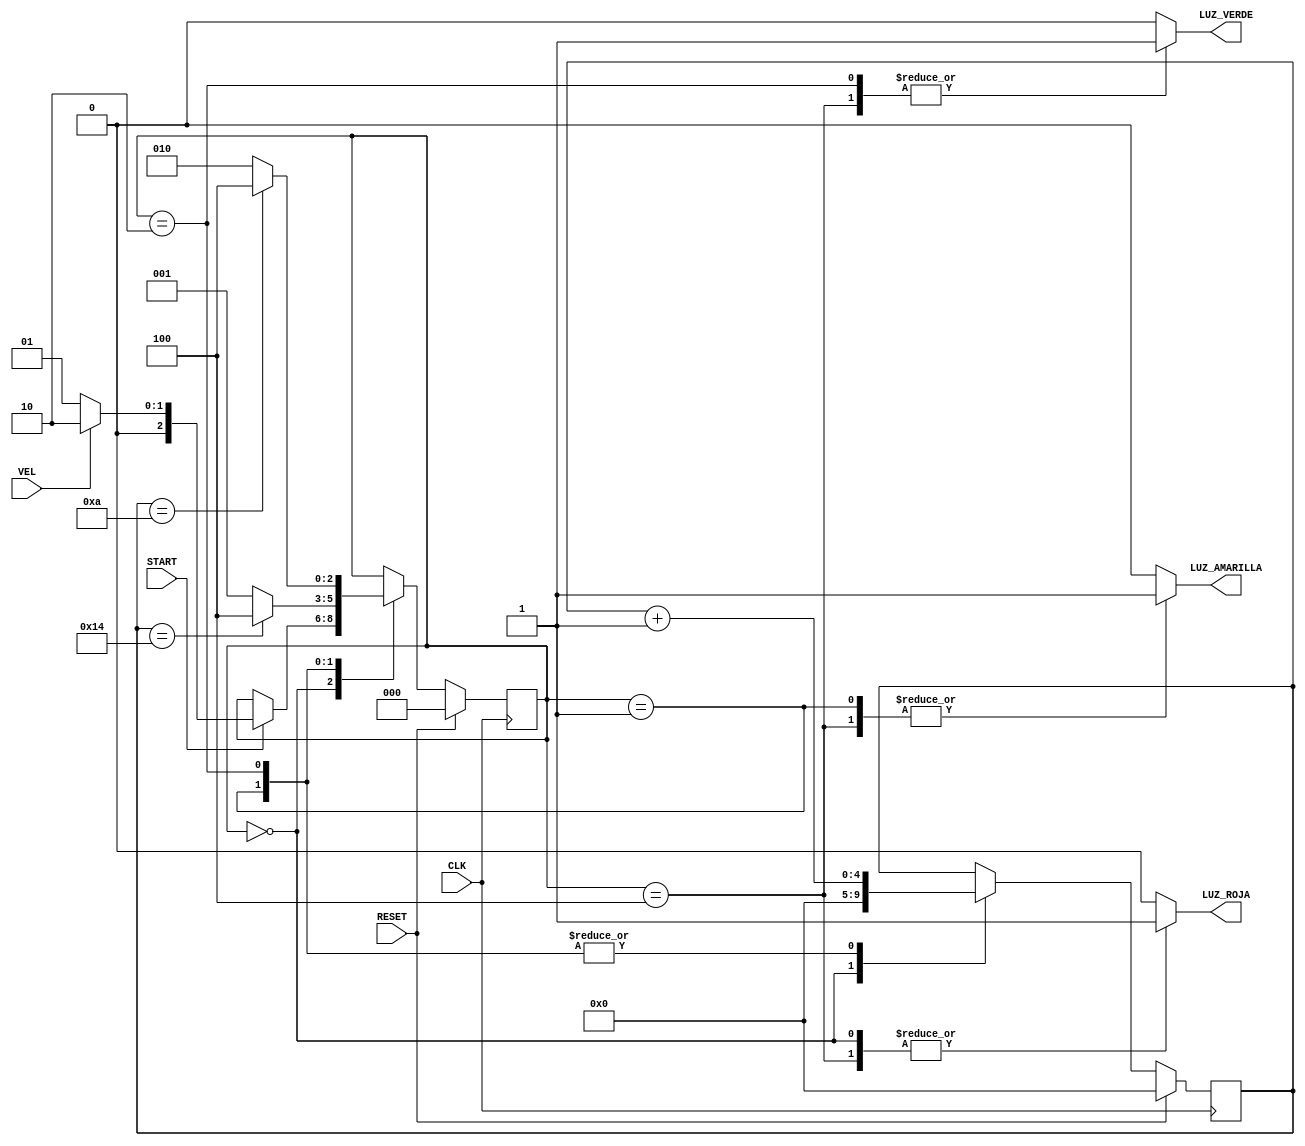
module quiz (
	input CLK,
	input START,
	input VEL,
	input RESET,
	output reg LUZ_ROJA,
	output reg LUZ_VERDE,
	output reg LUZ_AMARILLA 
);
reg  [2:0] ESTADO_ACTUAL, ESTADO_ACTUAL_SIGUIENTE;
reg  [4:0]CUENTA_ACTUAL, CUENTA_ACTUAL_SIGUIENTE;

localparam E_INICIAL = 3'b000;
localparam E_LENTO = 3'b001;
localparam E_RAPIDO = 3'b010;
localparam E_FINAL = 3'b100;

always @(posedge CLK) begin
 	if(RESET) begin
 	 ESTADO_ACTUAL <= E_INICIAL;
 	 CUENTA_ACTUAL <= 0;
 	end else begin
 	 ESTADO_ACTUAL <= ESTADO_ACTUAL_SIGUIENTE;
 	 CUENTA_ACTUAL <= CUENTA_ACTUAL_SIGUIENTE;
 	end
end
 
always @(*) begin
  CUENTA_ACTUAL_SIGUIENTE = CUENTA_ACTUAL;
  ESTADO_ACTUAL_SIGUIENTE = ESTADO_ACTUAL;
  LUZ_ROJA = 0;
  LUZ_AMARILLA = 0;
  LUZ_VERDE = 0;
  
  case(ESTADO_ACTUAL)
  	E_INICIAL: begin
  	LUZ_ROJA = 1;
  	CUENTA_ACTUAL_SIGUIENTE = 0;
  	if(START) begin
  		if(VEL == 0)begin
  		ESTADO_ACTUAL_SIGUIENTE = E_LENTO;
  		end else begin
  		ESTADO_ACTUAL_SIGUIENTE = E_RAPIDO;
  		end
  	end
  	end 
  	E_LENTO:begin
  	LUZ_AMARILLA = 1;
  	if(CUENTA_ACTUAL == 20) begin
  		ESTADO_ACTUAL_SIGUIENTE = E_FINAL;
  	end else begin
  		ESTADO_ACTUAL_SIGUIENTE = E_LENTO;
  	end
  	CUENTA_ACTUAL_SIGUIENTE = CUENTA_ACTUAL + 1;
  	end 
  	E_RAPIDO: begin
  	LUZ_VERDE = 1;
  	if(CUENTA_ACTUAL == 10) begin
  		ESTADO_ACTUAL_SIGUIENTE = E_FINAL;
  	end else begin
  		ESTADO_ACTUAL_SIGUIENTE = E_RAPIDO;
  	end
  	CUENTA_ACTUAL_SIGUIENTE = CUENTA_ACTUAL + 1;
  	end 
  	E_FINAL: begin
  	LUZ_ROJA = 1;
	LUZ_AMARILLA = 1;
  	LUZ_VERDE = 1;
  	end 
    endcase
end
endmodule